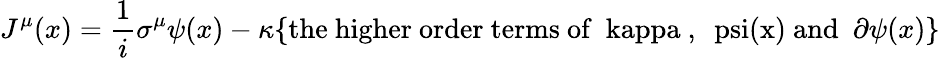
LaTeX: J^{\mu}(x)={\frac{1}{i}}\sigma^{\mu}\psi(x)-\kappa\{ \mathrm{the~higher~order~terms~of~\ kappa~,~\ psi(x)~and~}\ \partial\psi(x)\}